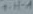
Text: 1-H-A